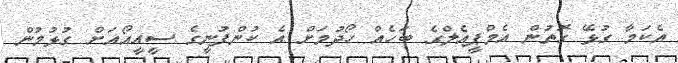
އެކަމާ ގުޅޭ ގޮތުން އެމްޕީއެލްގެ ބަހެއް ހޯދުމަށް އެ ކުންފުނީގެ ސީއީއޯއަށް ގުޅުމުން